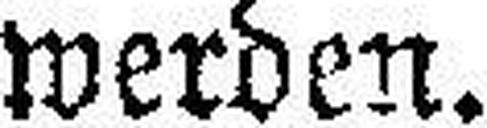
werden.